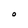
Character: O